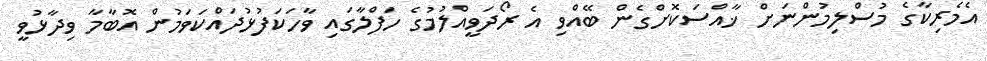
އެމެރިކާގެ މުސްލިމުންނަށް ޚާއްސަކޮށްގެން ބޭއްވި އެ ރޯދަވީއްލުމުގެ ހަފްލާގައި ވާހަކަފުޅުދައްކަވަމުން އޮބާމާ ވިދާޅުވީ